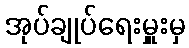
အုပ်ချုပ်ရေးမှူးမှ